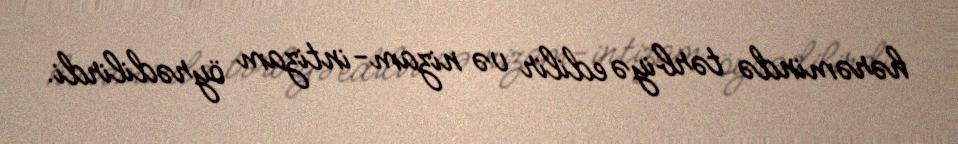
hərəmində tərbiyə edilir və nizam-intizam öyrədilirdi.